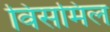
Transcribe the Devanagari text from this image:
विसमिल